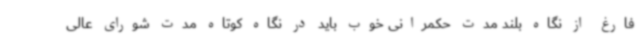
فارغ از نگاه بلند مدت حکمرانی خوب باید در نگاه کوتاه مدت شورای عالی